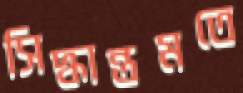
সিদ্ধান্তমতে